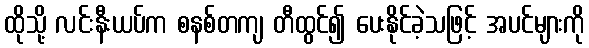
ထိုသို့ လင်းနီးယပ်က စနစ်တကျ တီထွင်၍ ပေးနိုင်ခဲ့သဖြင့် အပင်များကို